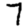
Digit: 7